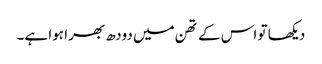
دیکھا تو اس کے تھن میں دودھ بھرا ہوا ہے۔